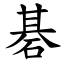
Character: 碁